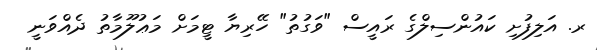
ރ. އަލިފުށި ކައުންސިލްގެ ރައީސް "ވަގުތު" ހޭރިޔާ ޓީމަށް މަޢުލޫމާތު ދެއްވަނީ